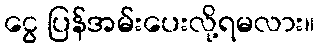
ငွေ ပြန်အမ်းပေးလို့ရမလား။